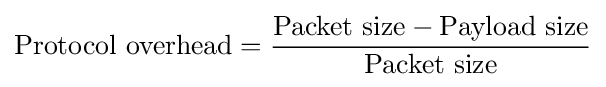
{\text{Protocol overhead}}={\frac {{\text{Packet size}}-{\text{Payload size}}}{\text{Packet size}}}